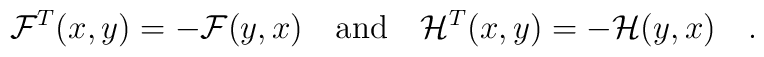
{\cal F}^T(x,y)=-{\cal F}(y,x)\quad {\rm and } \quad{\cal H}^T(x,y)=-{\cal H}(y,x)\quad.